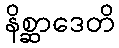
နိစ္ဆာဒေတိ